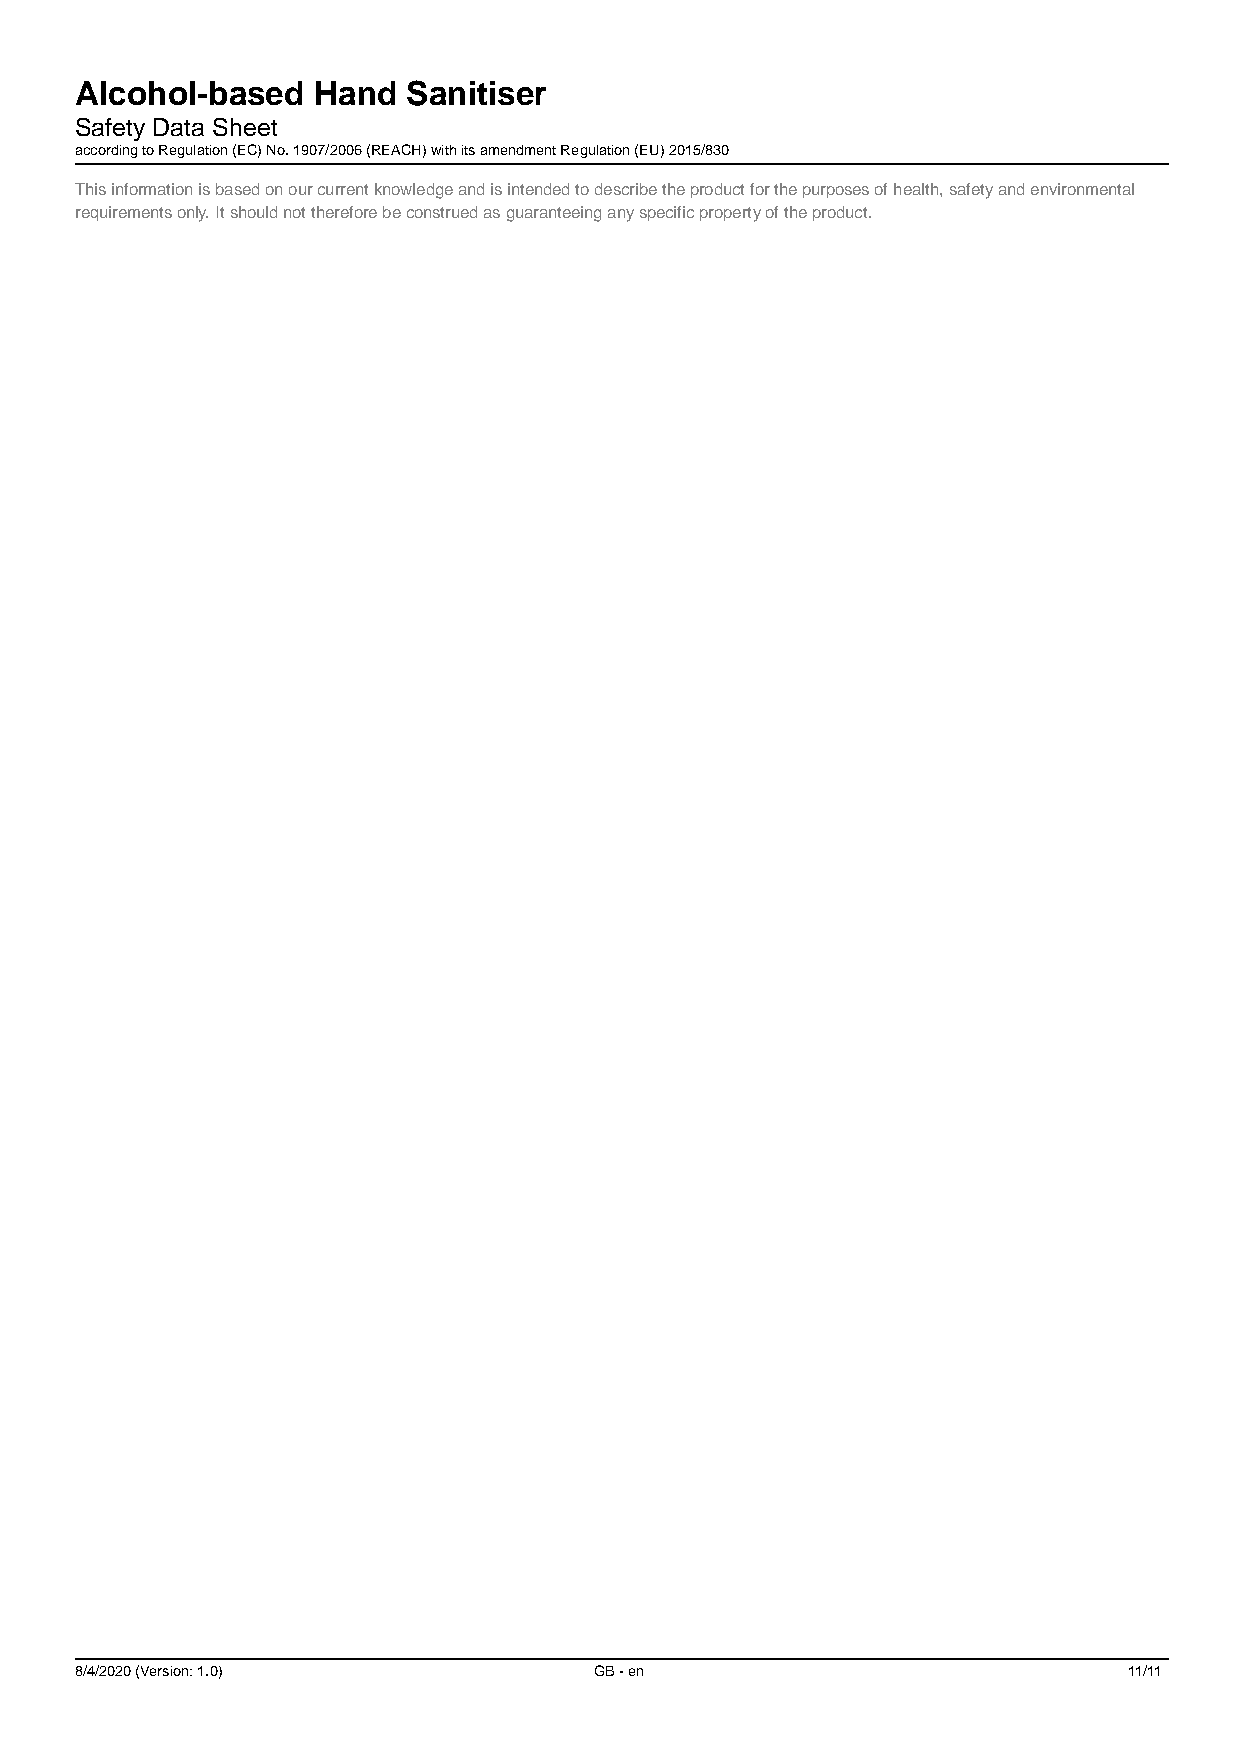
Alcohol-based   Hand  Sanitiser
 Safety Data Sheet
 according to Regulation (EC) No. 1907/2006 (REACH) with its amendment Regulation (EU) 2015/830
 This information is based on our current knowledge and is intended to describe the product for the purposes of health, safety and environmental
 requirements only. It should not therefore be construed as guaranteeing any specific property of the product.
 8/4/2020 (Version: 1.0)           GB - en                             11/11